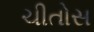
ચીતોસ